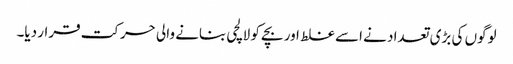
لوگوں کی بڑی تعداد نے اسے غلط اور بچے کو لالچی بنانے والی حرکت قرار دیا۔